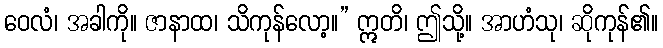
ဝေလံ၊ အခါကို။ ဇာနာထ၊ သိကုန်လော့။” ဣတိ၊ ဤသို့။ အာဟံသု၊ ဆိုကုန်၏။